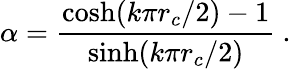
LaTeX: \alpha=\frac{\cosh(k\pi r_{c}/2)-1}{\sinh(k\pi r_{c}/2)}\ .